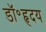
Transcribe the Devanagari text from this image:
डॉ॰हृदय